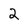
Character: 2